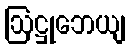
ဩဋ္ဌုဘေယျ